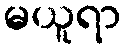
မယူရာ